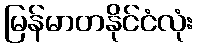
မြန်မာတနိုင်ငံလုံး